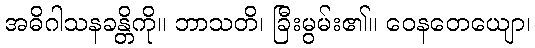
အဓိဂါသနခန္တိကို။ ဘာသတိ၊ ခြီးမွမ်း၏။ ဝေနတေယျော၊